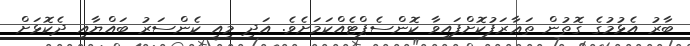
ބާރު އެޅުމުގެ ގޮތުން ތަޢާރަފުކޮށްފައިވާ ކޮންސެޕްޓެއްކަމަށެވެ. އަދި މިއީ ކެންސަރު ބައްޔާއި ދެކޮޅަށް